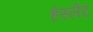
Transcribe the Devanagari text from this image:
हंस्लेट